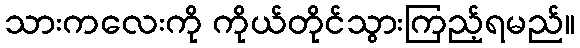
သားကလေးကို ကိုယ်တိုင်သွားကြည့်ရမည်။